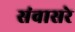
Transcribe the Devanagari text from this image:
संवासरे